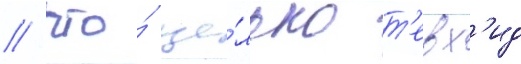
/ что́ це́лью т'евх'ид